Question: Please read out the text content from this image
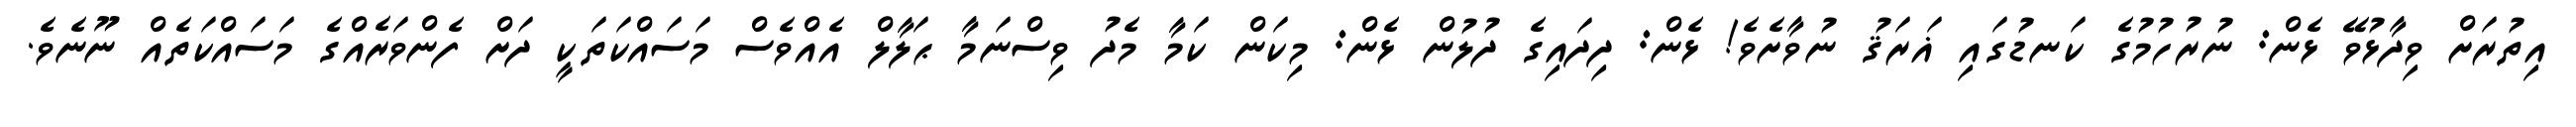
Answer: އިތުރަށް ވިދާޅުވޭ ޅެން: ނުރުހުމުގެ ކަނޑުގައި ޣަރަޤު ނުވާށެވެ! ޅެން: ދިދައިގެ ދުލުން ޅެން: މިކަން ކަމާ މެދު ވިސްނަމާ ޙަލާލް އެއްވެސް މަސައްކަތަކީ ދަށް ފެންވަރެއްގެ މަސައްކަތެއް ނޫނެވެ.